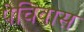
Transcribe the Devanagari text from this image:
पेचिवास